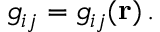
g _ { i j } = g _ { i j } ( \mathbf { r } ) \, .